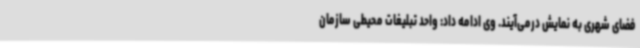
فضای شهری به نمایش درمی‌آیند. وی ادامه داد: واحد تبلیغات محیطی سازمان